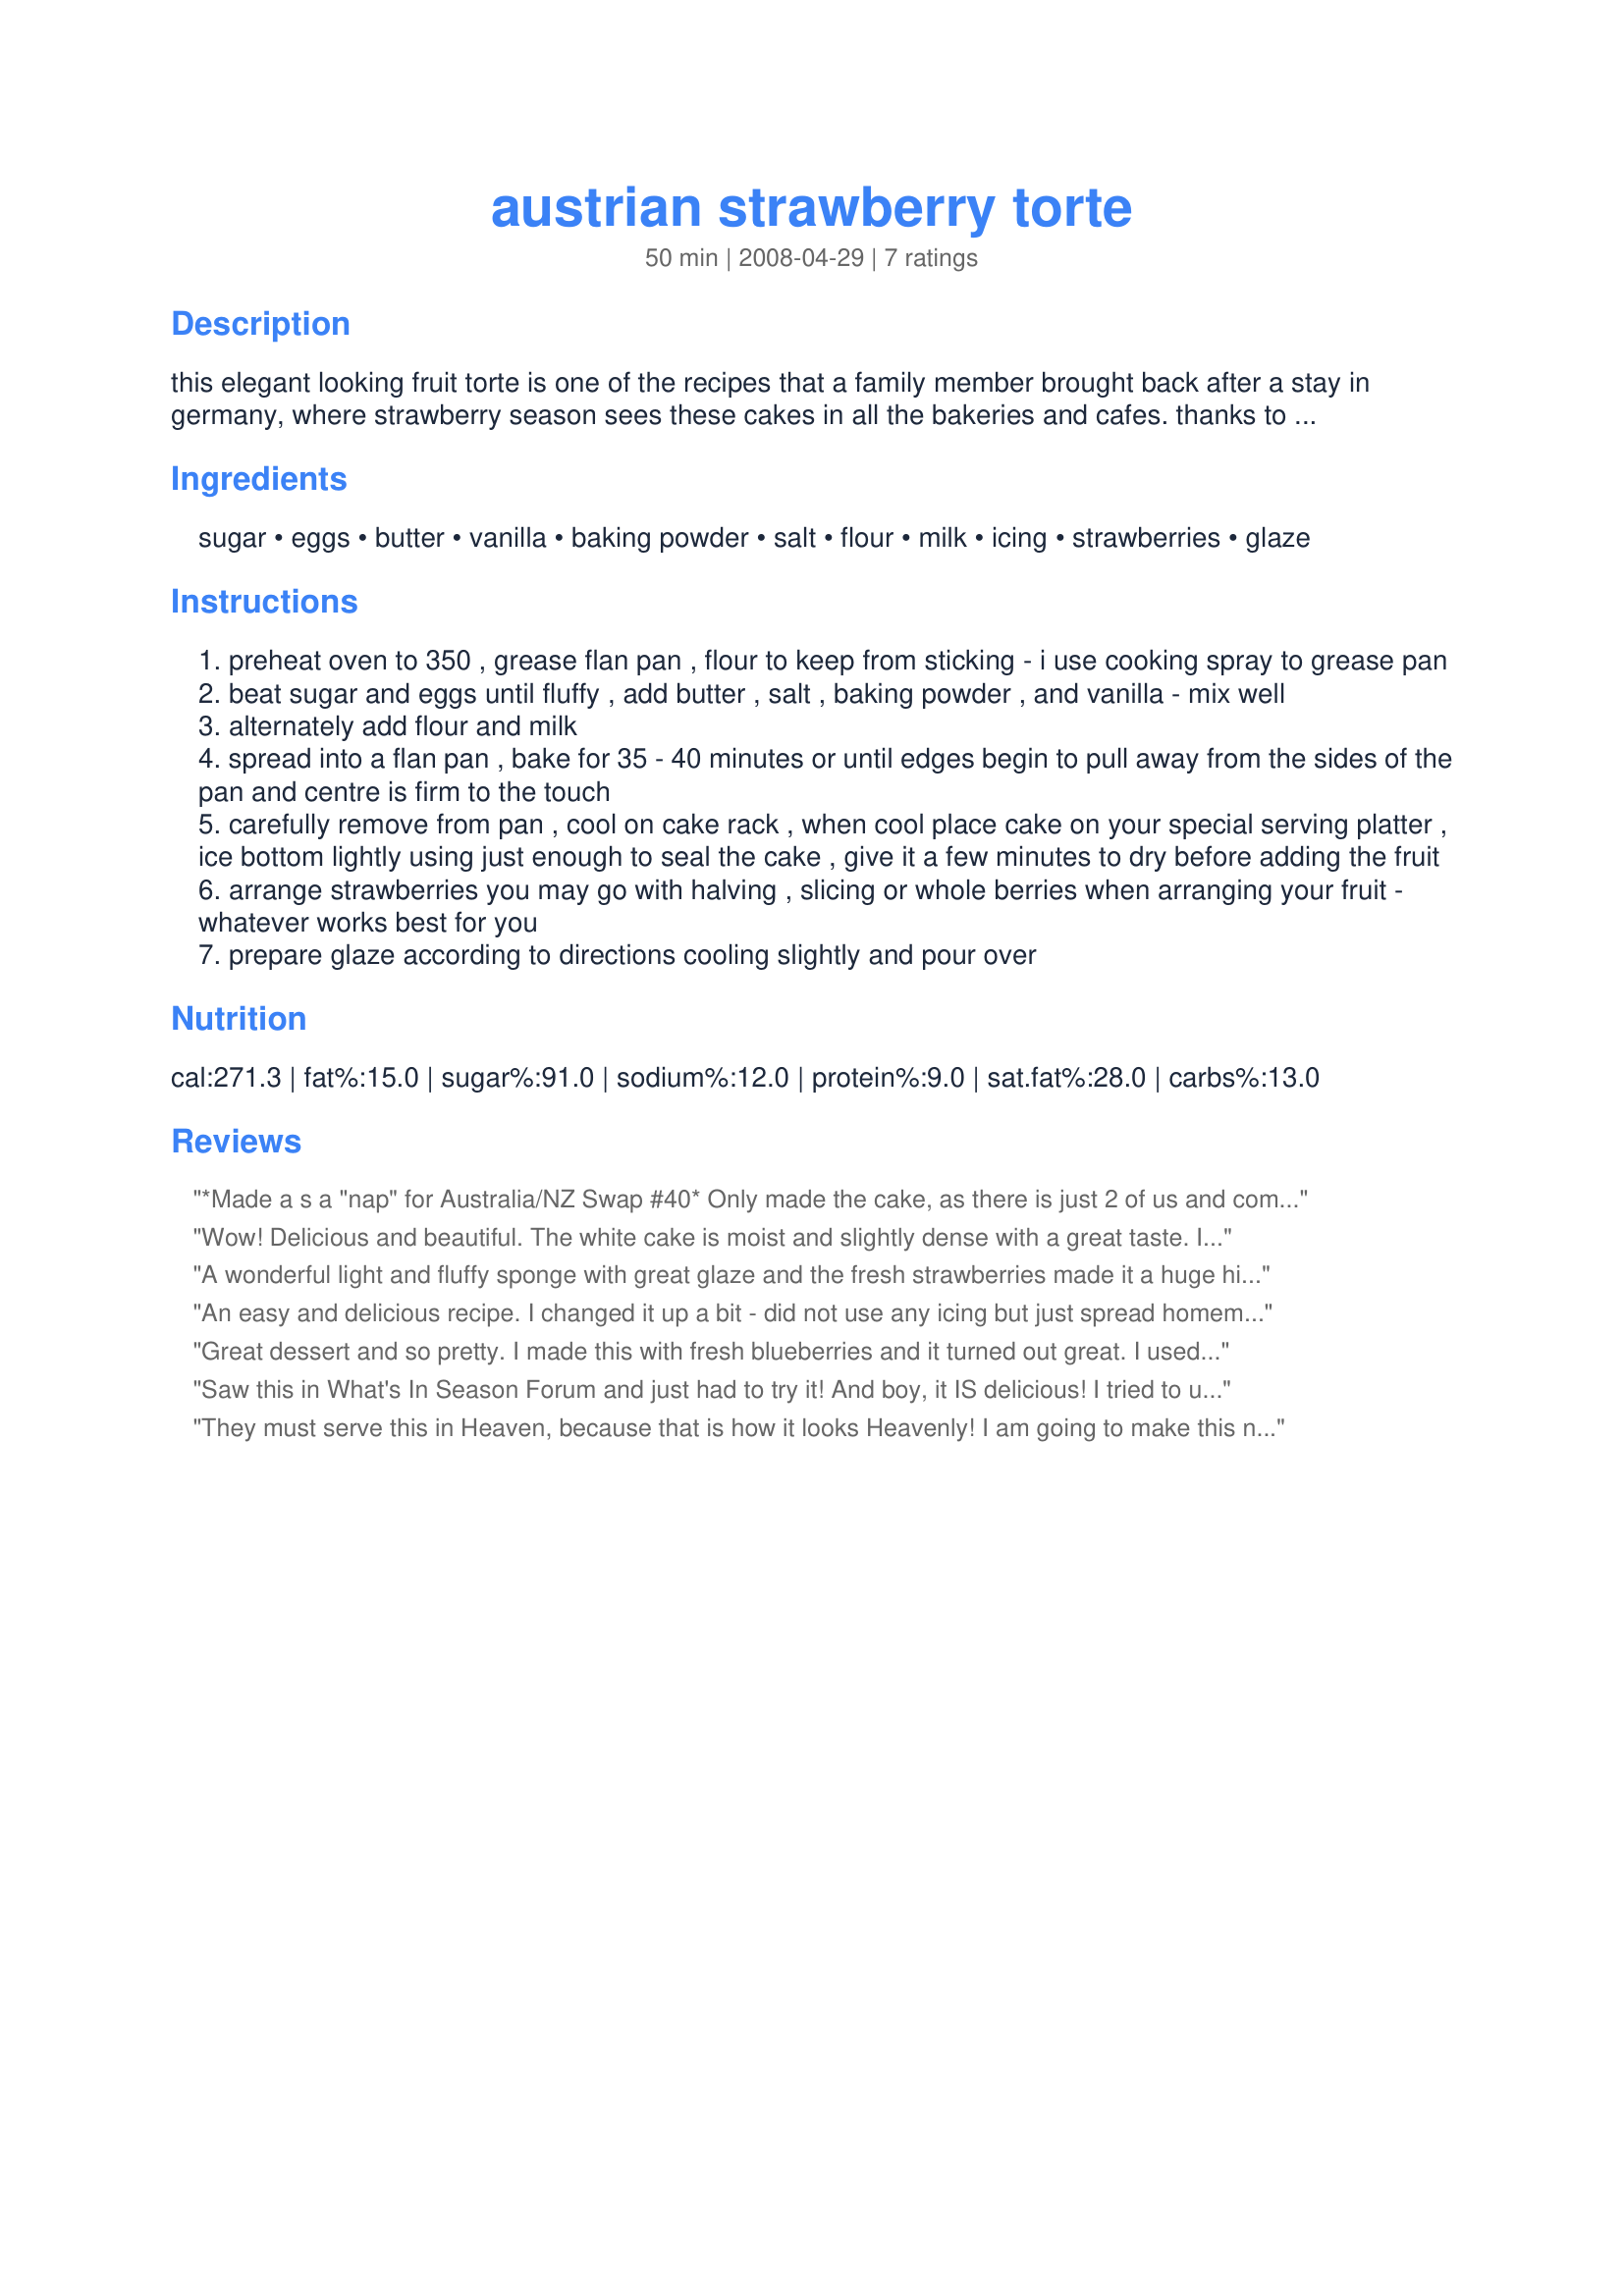
austrian strawberry torte
Preparation time: 50 minutes

this elegant looking fruit torte is one of the recipes that a family member brought back after a stay in germany, where strawberry season sees these cakes in all the bakeries and cafes. thanks to her grandmother we enjoy this marvellous dessert that never fails to please. in the off season i drain canned peaches and arrange the slices making for a impressive looking dessert when fresh strawberries are not available. the original recipe calls for a package of oetker glaze which i am not finding this past while - any of the clear fruit glaze mixes will work.

Ingredients:
sugar, eggs, butter, vanilla, baking powder, salt, flour, milk, icing, strawberries, glaze

Steps:
preheat oven to 350 , grease flan pan , flour to keep from sticking - i use cooking spray to grease pan
beat sugar and eggs until fluffy , add butter , salt , baking powder , and vanilla - mix well
alternately add flour and milk
spread into a flan pan , bake for 35 - 40 minutes or until edges begin to pull away from the sides of the pan and centre is firm to the touch
carefully remove from pan , cool on cake rack , when cool place cake on your special serving platter , ice bottom lightly using just enough to seal the cake , give it a few minutes to dry before adding the fruit
arrange strawberries you may go with halving , slicing or whole berries when arranging your fruit - whatever works best for you
prepare glaze according to directions cooling slightly and pour over

Reviews:
*Made a s a "nap" for Australia/NZ Swap #40*
Only made the cake, as there is just 2 of us and combining the glaze and strawberries would not have held up for the 3-4 days it will take us to eat it ! A lovely light sponge, baked in my smaller bundt pan and served with vanilla Ice cream or whipped cream, with a friend's GORGEOUS strawberries ! Will be lovely for a few days ! Thanks, Gerry -- will be prepared for any fruit topping !
Wow! Delicious and beautiful. The white cake is moist and slightly dense with a great taste. It reminded me of wedding cake. I made 1/2 recipe #80118 for the icing, and put it on a little thicker than called for, but I didn't add the glaze (I was afraid it would be too sweet). Everyone loved it. Made for ZWT4.
A wonderful light and fluffy sponge with great glaze and the fresh strawberries made it a huge hit tonight! I made it in a bundt pan and filled the centre with chopped strawberries as well as adding them to the top. Made for Strawberry Fair in French forum and the Aussie/NZ recipe swap. Merci Gerry! FT:-)
An easy and delicious recipe. I changed it up a bit - did not use any icing but just spread homemade strawberry preserves over top and topped each serving with real whip cream, YUMMY. Tasted a lot like strawberry shortcake, which we love, but looks much fancier. Something I would be happy to serve to company, thanks for such a great recipe.
Great dessert and so pretty. I made this with fresh blueberries and it turned out great. I used Recipe #80118 for the frosting and Recipe #159419 for the glaze.
Saw this in What's In Season Forum and just had to try it! And boy, it IS delicious! I tried to use a strawberry gelatin glaze but it kept falling off to the sides coz my cake was more bulky in the middle. Nevertheless, I've already ate half of it alone within 24 hours! The cake's moist, slightly dense and with the strawberry and frosting, it's just fab~ Thanks, Gerry!
They must serve this in Heaven, because that is how it looks Heavenly! 
I am going to make this next summer when my strawberries are ready! I can't wait!
Jelly
